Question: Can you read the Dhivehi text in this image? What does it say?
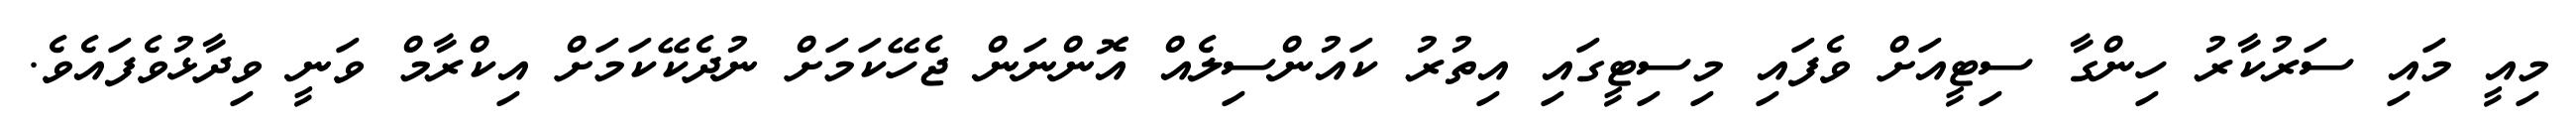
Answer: މިއީ މައި ސަރުކާރު ހިންގާ ސިޓީއަށް ވެފައި މިސިޓީގައި އިތުރު ކައުންސިލެއް އޮންނަން ޖެހޭކަމަށް ނުދެކޭކަމަށް އިކްރާމް ވަނީ ވިދާޅުވެފައެވެ.